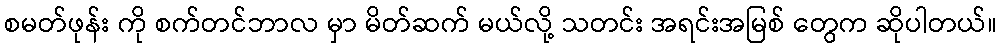
စမတ်ဖုန်း ကို စက်တင်ဘာလ မှာ မိတ်ဆက် မယ်လို့ သတင်း အရင်းအမြစ် တွေက ဆိုပါတယ်။